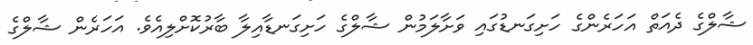
ޝާލްގެ ދެއަތް އަހަރެންގެ ހަށިގަނޑުގައި ވަށާލަމުން ޝާލްގެ ހަށިގަނޑާއިލާ ބާރުކޮށްލިއެވެ. އަހަރެން ޝާލްގެ